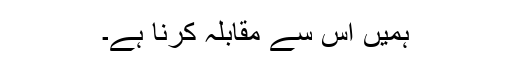
ہمیں اس سے مقابلہ کرنا ہے۔